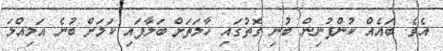
އެވެ. ބައެއް ކުންފުނިން ބުނި ގޮތުގައި ހާލަތަށް ބަލާފައި ކަމަށް ބުނެ އަމިއްލަ